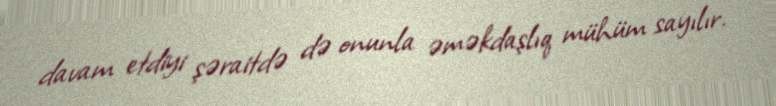
davam etdiyi şəraitdə də onunla əməkdaşlıq mühüm sayılır.